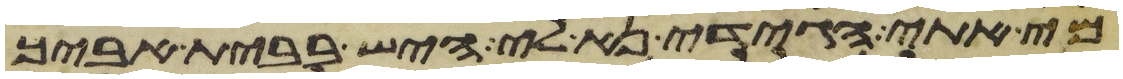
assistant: מי אתי הגידי נא לי היש בבית אביך